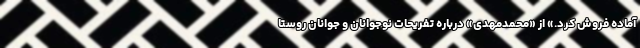
آماده فروش کرد.» از «محمدمهدی» درباره تفریحات نوجوانان و جوانان روستا